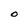
Character: 0